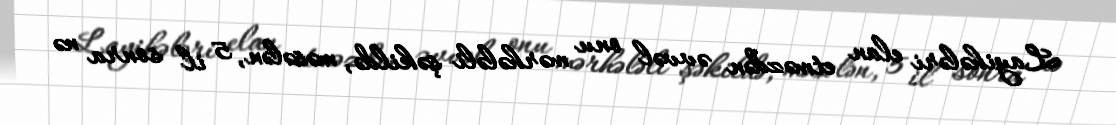
Layihələri elan etməzdən əvvəl onu mərhələli şəkildə, məsələn, 5 il sonra nə